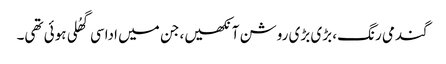
گندمی رنگ، بڑی بڑی روشن آنکھیں، جن میں اداسی گھُلی ہوئی تھی۔